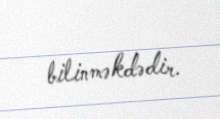
bilinməkdədir.